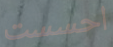
احسست